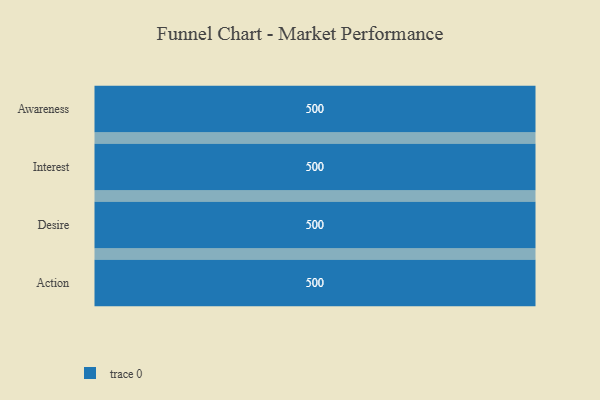
{"axis": {"x": "Stage", "y": "Value"}, "legend": [""], "data": [{"x": "Awareness", "y": 500, "type": ""}, {"x": "Interest", "y": 500, "type": ""}, {"x": "Desire", "y": 500, "type": ""}, {"x": "Action", "y": 500, "type": ""}]}